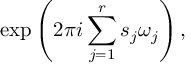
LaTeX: \exp \left( 2 \pi i \sum _ { j = 1 } ^ { r } s _ { j } \omega _ { j } \right) ,